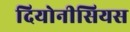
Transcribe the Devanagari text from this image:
दियोनीसियस